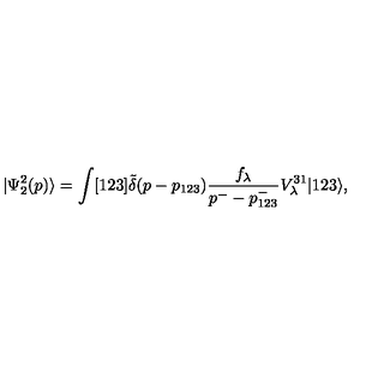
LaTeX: | \Psi _ { 2 } ^ { 2 } ( p ) \rangle = \int [ 1 2 3 ] \tilde { \delta } ( p - p _ { 1 2 3 } ) \frac { f _ { \lambda } } { p ^ { - } - p _ { 1 2 3 } ^ { - } } V _ { \lambda } ^ { 3 1 } | 1 2 3 \rangle ,